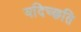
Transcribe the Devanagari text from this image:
यदिच्छति